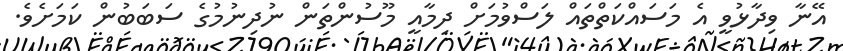
އޭނާ ވިދާޅުވީ އެ މަސައްކަތްތައް ލަސްވުމަށް ދިމާއީ މޫސުންތަން ނުދިނުމުގެ ސަބަބުން ކަމަށެވެ.